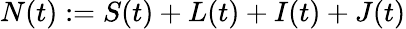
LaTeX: N(t):=S(t)+L(t)+I(t)+J(t)